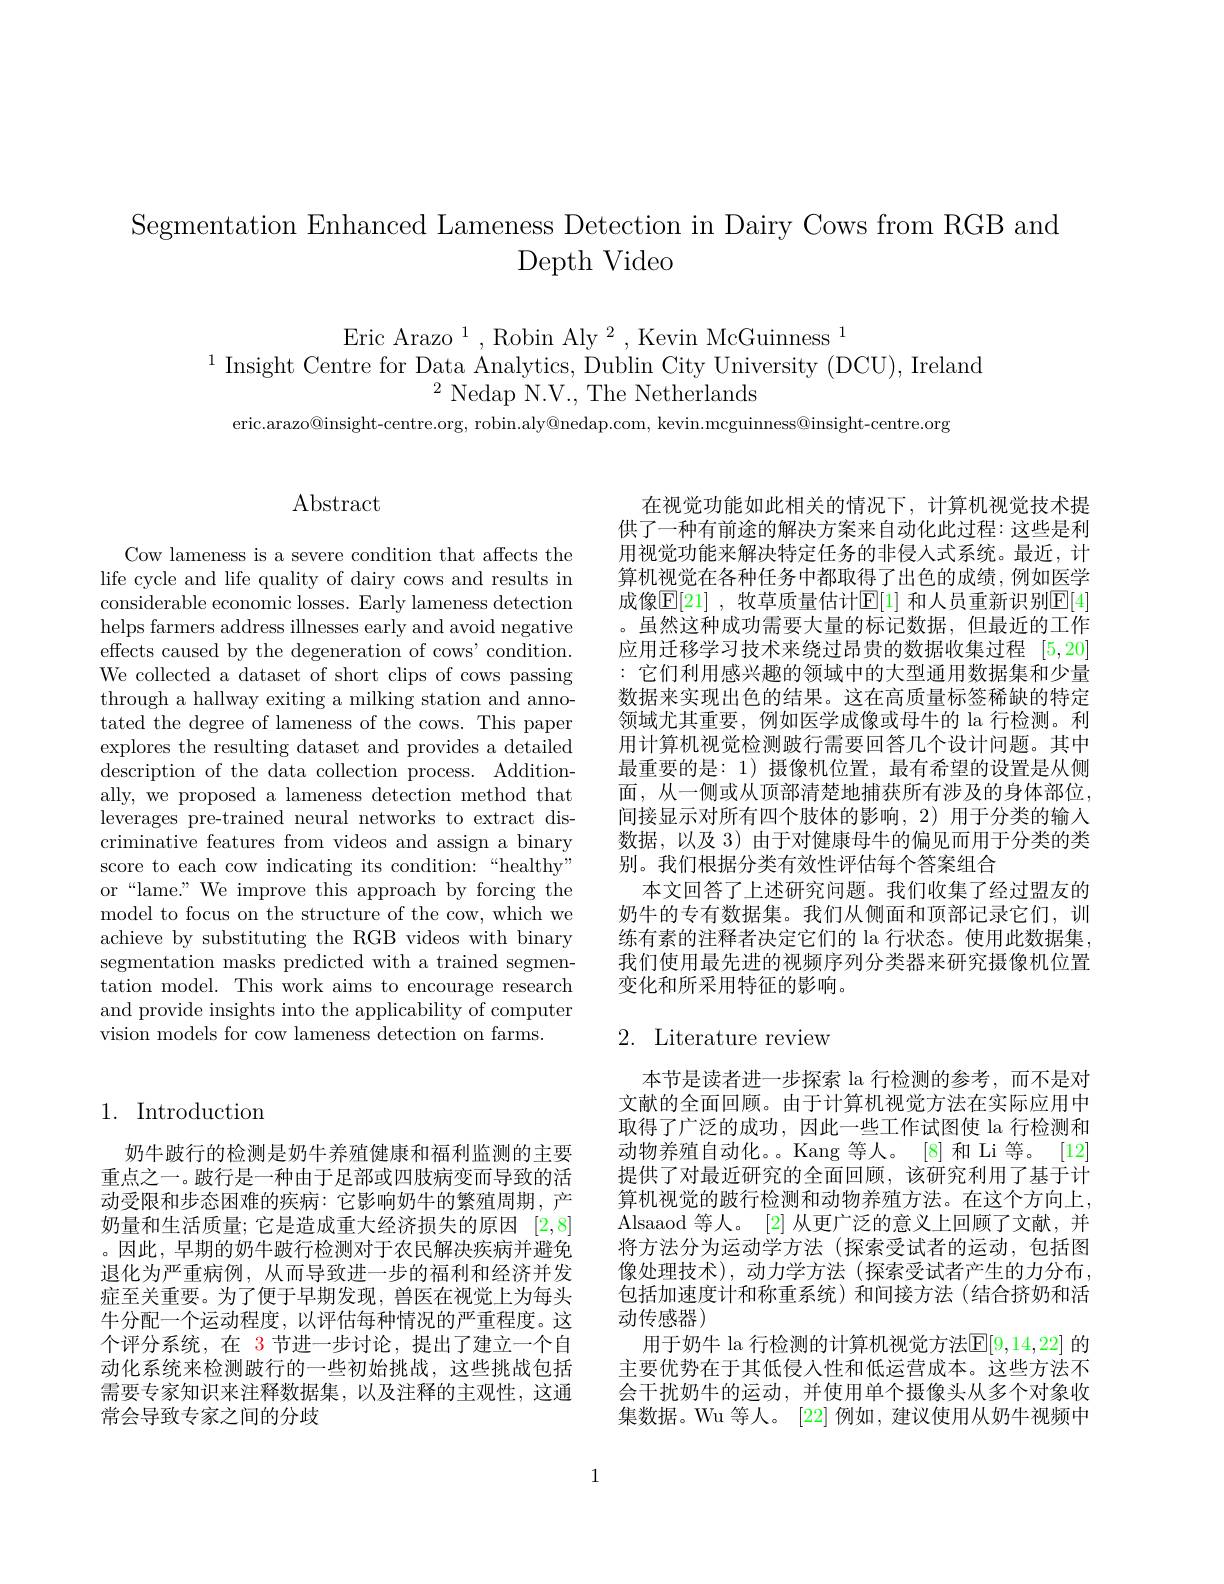
Segmentation Enhanced Lameness Detection in Dairy Cows from RGB and
Depth Video

Eric Arazo $^1$,Robin Aly$^2$,Kevin McGuinness$^1$
$^{1}$ Insight Centre for Data Analytics, Dublin City University (DCU), Ireland
$^{2}$ Nedap N.V., The Netherlands

eric.arazo@insight-centre.org, robin.aly@nedap.com, kevin.mcguinness@insight-centre.org

# Abstract

Cow lameness is a severe condition that affects the life cycle and life quality of dairy cows and results in considerable economic losses. Early lameness detection helps farmers address illnesses early and avoid negative effects caused by the degeneration of cows' condition. We collected a dataset of short clips of cows passing through a hallway exiting a milking station and annotated the degree of lameness of the cows. This paper explores the resulting dataset and provides a detailed description of the data collection process. Additionally, we proposed a lameness detection method that leverages pre-trained neural networks to extract discriminative features from videos and assign a binary score to each cow indicating its condition:“healthy” or“lame” We improve this approach by forcing the model to focus on the structure of the cow, which we achieve by substituting the RGB videos with binary segmentation masks predicted with a trained segmentation model. This work aims to encourage research and provide insights into the applicability of computer vision models for cow lameness detection on farms.

# 1. Introduction

奶牛跛行的检测是奶牛养殖健康和福利监测的主要重点之一。跛行是一种由于足部或四肢病变而导致的活动受限和步态困难的疾病：它影响奶牛的繁殖周期，产奶量和生活质量；它是造成重大经济损失的原因[2,8] 。因此，早期的奶牛跛行检测对于农民解决疾病并避免退化为严重病例，从而导致进一步的福利和经济并发症至关重要。为了便于早期发现，兽医在视觉上为每头牛分配一个运动程度，以评估每种情况的严重程度。这个评分系统，在 3节进一步讨论，提出了建立一个自动化系统来检测跛行的一些初始挑战，这些挑战包括需要专家知识来注释数据集，以及注释的主观性，这通常会导致专家之间的分歧

在视觉功能如此相关的情况下，计算机视觉技术提供了一种有前途的解决方案来自动化此过程：这些是利用视觉功能来解决特定任务的非侵入式系统。最近，计算机视觉在各种任务中都取得了出色的成绩，例如医学成像$\mathbb{E}[21]$ ,牧草质量估计$\mathbb{E}[1]$ 和人员重新识别$\mathbb{E}[4]$ 。虽然这种成功需要大量的标记数据，但最近的工作应用迁移学习技术来绕过昂贵的数据收集过程[5,20] :它们利用感兴趣的领域中的大型通用数据集和少量数据来实现出色的结果。这在高质量标签稀缺的特定领域尤其重要，例如医学成像或母牛的 la 行检测。利用计算机视觉检测跛行需要回答几个设计问题。其中最重要的是：1)摄像机位置，最有希望的设置是从侧面，从一侧或从顶部清楚地捕获所有涉及的身体部位， 间接显示对所有四个肢体的影响，2)用于分类的输入数据，以及 3) 由于对健康母牛的偏见而用于分类的类别。我们根据分类有效性评估每个答案组合
本文回答了上述研究问题。我们收集了经过盟友的奶牛的专有数据集。我们从侧面和顶部记录它们，训练有素的注释者决定它们的 la 行状态。使用此数据集， 我们使用最先进的视频序列分类器来研究摄像机位置变化和所采用特征的影响。

## 2. Literature review

本节是读者进一步探索 la 行检测的参考，而不是对文献的全面回顾。由于计算机视觉方法在实际应用中取得了广泛的成功，因此一些工作试图使 la 行检测和动物养殖自动化。。Kang 等人。[8] 和 Li 等。[12] 提供了对最近研究的全面回顾，该研究利用了基于计算机视觉的跛行检测和动物养殖方法。在这个方向上， Alsaaod 等人。[2]从更广泛的意义上回顾了文献，并将方法分为运动学方法(探索受试者的运动，包括图像处理技术),动力学方法(探索受试者产生的力分布包括加速度计和称重系统)和间接方法(结合挤奶和活动传感器)
用于奶牛 la 行检测的计算机视觉方法$\mathbb{E}[9,14,22]$ 的主要优势在于其低侵入性和低运营成本。这些方法不会干扰奶牛的运动，并使用单个摄像头从多个对象收集数据。Wu 等人。[22] 例如，建议使用从奶牛视频中

1